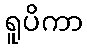
ရူပိကာ